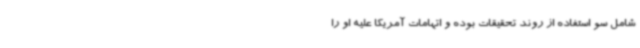
شامل سو استفاده از روند تحقیقات بوده و اتهامات آمریکا علیه او را